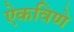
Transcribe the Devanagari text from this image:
ऐकविणे